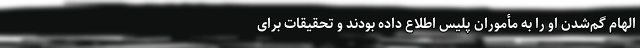
الهام گم‌شدن او را به مأموران پلیس اطلاع داده بودند و تحقیقات برای